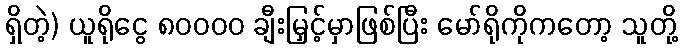
ရှိတဲ့) ယူရိုငွေ ၈၀၀၀၀ ချီးမြှင့်မှာဖြစ်ပြီး မော်ရိုကိုကတော့ သူတို့